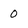
Character: 0